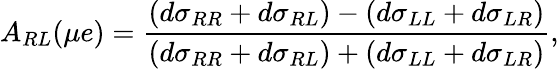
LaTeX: A_{RL}(\mu e)=\frac{(d\sigma_{RR}+d\sigma_{RL})-(d\sigma_{LL}+d\sigma_{LR})}{(d\sigma_{RR}+d\sigma_{RL})+(d\sigma_{LL}+d\sigma_{LR})},